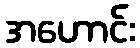
အဟောင်း